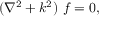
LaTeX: ( \nabla ^ { 2 } + k ^ { 2 } ) ~ f = 0 ,